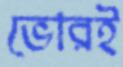
ভোরই